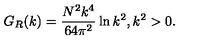
G _ { R } ( k ) = { \frac { N ^ { 2 } k ^ { 4 } } { 6 4 \pi ^ { 2 } } } \ln { k ^ { 2 } } , k ^ { 2 } > 0 .